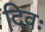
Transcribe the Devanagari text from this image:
दिवः